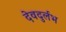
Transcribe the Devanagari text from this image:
देवदुर्लभ